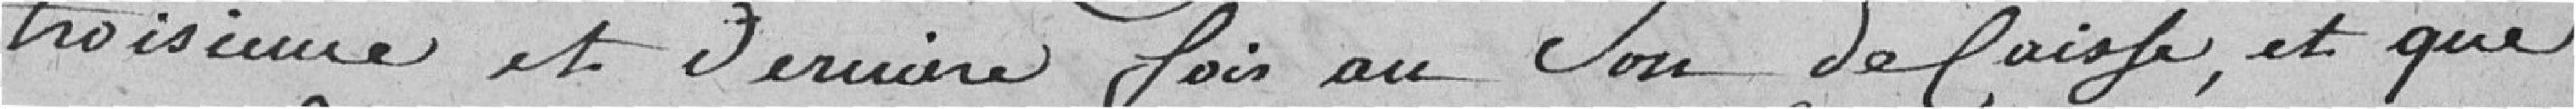
troisième et dernière fois au son de     et que